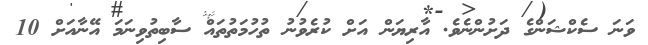
ވަނަ ސެކްޝަންގެ ދަށުންނެވެ. އާރިޔަން އަށް ކުރެވުނު ތުހުމަތުތައް ސާބިތުވިނަމަ އޭނާއަށް 10